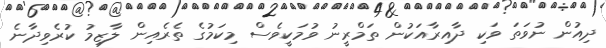
ދިއުން ނުވަތަ ވަކި ދާއިރާއަކުން ތަމްރީނު ވުމަކީވެސް މިކަމުގެ ތެރެއިން ލާޒިމު ކުރެވިދާނެ